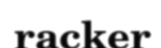
racker